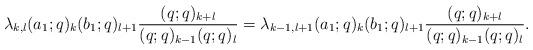
LaTeX: \begin{align*}\lambda_{k, l}(a_1; q)_k (b_1; q)_{l+1}\frac{(q; q)_{k+l}}{(q; q)_{k-1}(q; q)_{l}}=\lambda_{k-1, l+1} (a_1; q)_{k} (b_1; q)_{l+1} \frac{(q; q)_{k+l}}{(q; q)_{k-1}(q; q)_{l}}.\end{align*}